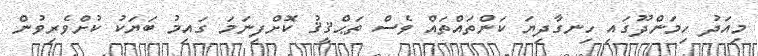
މިއަދު ހިމަންދޫގައި ހިނގާދިޔަ ކަންތައްތައް ވެސް ތަޙްޤީޤު ކޮށްފިނަމަ ގައިމު ބަޔަކު ކުށްވެރިވުން